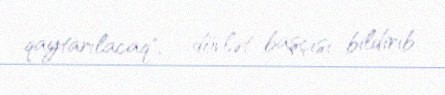
qaytarılacaq", - dövlət başçısı bildirib.